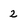
Character: 2